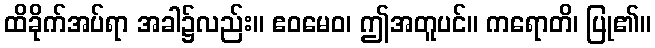
ထိခိုက်အပ်ရာ အခါ၌လည်း။ ဧဝမေဝ၊ ဤအတူပင်။ ကရောတိ၊ ပြု၏။